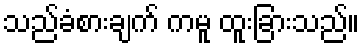
သည်ခံစားချက် ကမူ ထူးခြားသည်။